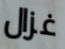
غزال